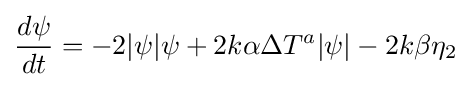
{d\psi  \over dt}=-2|\psi |\psi +2k\alpha \Delta T^{a}|\psi |-2k\beta \eta _{2}